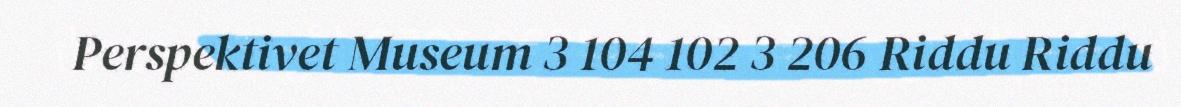
Perspektivet Museum 3 104 102 3 206 Riddu Riddu